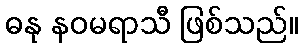
ဓနု နဝမရာသီ ဖြစ်သည်။